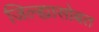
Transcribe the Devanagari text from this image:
जिल्ह्यासोबत